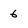
Character: 6